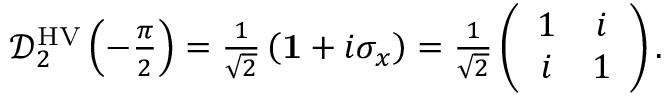
\begin{array} { r } { \mathcal { D } _ { 2 } ^ { \mathrm { H V } } \left( - \frac { \pi } { 2 } \right) = \frac { 1 } { \sqrt { 2 } } \left( { \bf 1 } + i \sigma _ { x } \right) = \frac { 1 } { \sqrt { 2 } } \left( \begin{array} { c c } { 1 } & { i } \\ { i } & { 1 } \end{array} \right) . } \end{array}